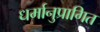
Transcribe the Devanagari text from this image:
धर्मानुप्रागित